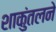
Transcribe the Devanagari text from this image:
शाकुंतलने